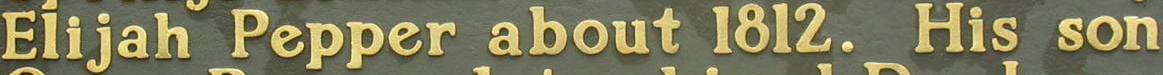
Elijah Pepper about 1812. His son